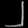
Digit: ၂